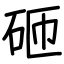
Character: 砸